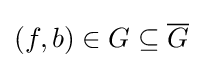
(f,b)\in G\subseteq {\overline {G}}